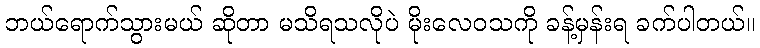
ဘယ်ရောက်သွားမယ် ဆိုတာ မသိရသလိုပဲ မိုးလေဝသကို ခန့်မှန်းရ ခက်ပါတယ်။